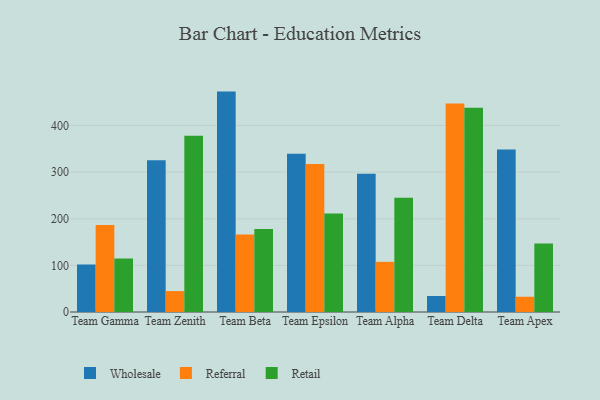
{"axis": {"x": "Team", "y": "Humidity (%)"}, "legend": ["Referral", "Retail", "Wholesale"], "data": [{"x": "Team Gamma", "y": 101.9, "type": "Wholesale"}, {"x": "Team Gamma", "y": 186.5, "type": "Referral"}, {"x": "Team Gamma", "y": 114.9, "type": "Retail"}, {"x": "Team Zenith", "y": 325.7, "type": "Wholesale"}, {"x": "Team Zenith", "y": 44.9, "type": "Referral"}, {"x": "Team Zenith", "y": 377.9, "type": "Retail"}, {"x": "Team Beta", "y": 472.8, "type": "Wholesale"}, {"x": "Team Beta", "y": 166.0, "type": "Referral"}, {"x": "Team Beta", "y": 178.2, "type": "Retail"}, {"x": "Team Epsilon", "y": 339.5, "type": "Wholesale"}, {"x": "Team Epsilon", "y": 317.7, "type": "Referral"}, {"x": "Team Epsilon", "y": 211.2, "type": "Retail"}, {"x": "Team Alpha", "y": 296.4, "type": "Wholesale"}, {"x": "Team Alpha", "y": 107.6, "type": "Referral"}, {"x": "Team Alpha", "y": 245.0, "type": "Retail"}, {"x": "Team Delta", "y": 34.3, "type": "Wholesale"}, {"x": "Team Delta", "y": 447.2, "type": "Referral"}, {"x": "Team Delta", "y": 438.0, "type": "Retail"}, {"x": "Team Apex", "y": 348.5, "type": "Wholesale"}, {"x": "Team Apex", "y": 32.7, "type": "Referral"}, {"x": "Team Apex", "y": 147.2, "type": "Retail"}]}